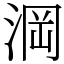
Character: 𣷣